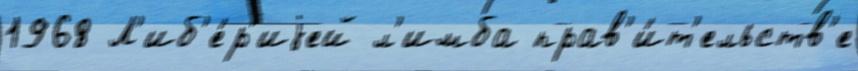
1968 Л'иб'е́р'иjей л'имба прав'и́т'ельств'е